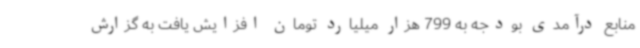
منابع درآمدی بودجه به 799 هزار میلیارد تومان افزایش یافت به گزارش